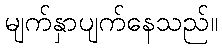
မျက်နှာပျက်နေသည်။